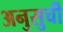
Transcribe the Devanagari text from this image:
अनुसुची